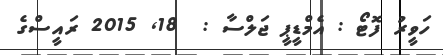
ހަވީރު ފޮޓޯ : އެމްޑީޕީ ޖަލްސާ :  18